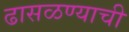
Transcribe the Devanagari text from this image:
ढासळण्याची